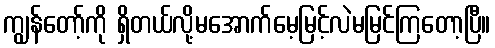
ကျွန်တော့်ကို ရှိတယ်လို့မအောက်မေ့မြင့်လဲမမြင်ကြတော့ပြီ။